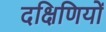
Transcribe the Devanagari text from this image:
दक्षिणियों